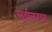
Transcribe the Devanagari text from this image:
सूर्यनगर